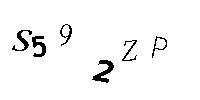
S592ZP